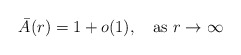
\begin{align*}\bar A(r)=1+o(1),\quad \mbox{as\ }r\to\infty\end{align*}